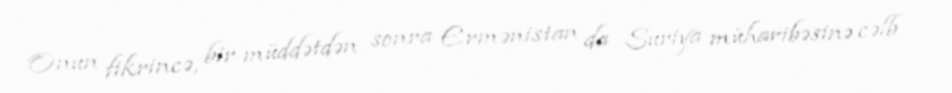
Onun fikrincə, bir müddətdən sonra Ermənistan da Suriya müharibəsinə cəlb